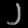
Digit: ၂